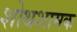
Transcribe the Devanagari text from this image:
शोथशामक